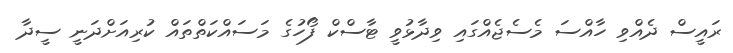
ރައީސް ދެއްވި ހާއްސަ މެސެޖެއްގައި ވިދާޅުވީ ޓާސްކް ފޯހުގެ މަސައްކަތްތައް ކުރިއަށްދަނީ ސީދާ